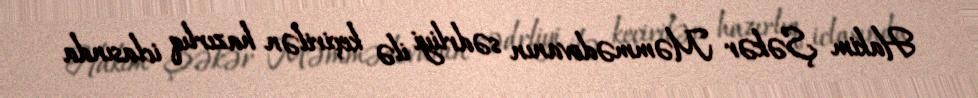
Hakim Şəkər Məmmədovanın sədrliyi ilə keçirilən hazırlıq iclasında